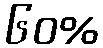
၆၀%